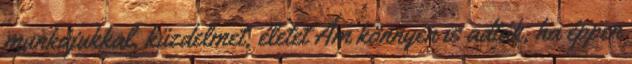
munkájukkal, küzdelmet, életet Ám könnyen is adták, ha éppen